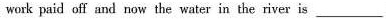
work paid off and now the water in the river is___